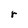
Character: r